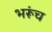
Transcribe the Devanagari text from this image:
भरूंच